system: You are a helpful assistant.
user:
Analyze the provided spectrum to determine if it is a **"Cataclysmic Variables (CV)"**.

- **Key Indicators for CV (Check for either state):**
    - **State 1: Quiescent / Low-State (Emission-Dominated)**
        - **(Primary):** Strong and *very broad* Hydrogen Balmer emission lines (e.g., $H\alpha$ at 6563 Å, $H\beta$ at 4861 Å). The 'broadness' (high velocity dispersion, often FWHM > 1000 km/s) is the key diagnostic, indicating a high-velocity accretion disk.
        - **(Secondary):** Broad neutral Helium (He I) emission lines (e.g., 5876 Å, 6678 Å).
        - **(Key Confirmation):** Presence of high-excitation *ionized* Helium (He II) emission at 4686 Å. This is a strong indicator of accretion onto a white dwarf.
        - **(Line Profile):** Emission lines may exhibit a 'double-peaked' profile, which is a classic signature of a rotating accretion disk viewed at high inclination.

    - **State 2: Outburst / High-State (Absorption-Dominated)**
        - **(Primary):** Spectrum is dominated by a bright, blue continuum (looks like a hot star).
        - **(Secondary):** The emission lines from State 1 are weak, absent, or 'filled in', and are replaced by broad, shallow *absorption* lines (primarily Balmer and He I).
        - **(Morphology):** The overall spectrum mimics a hot B/A-type star. The crucial difference is that the absorption lines are significantly broader, shallower, and more 'washed-out' (or 'smeared') than the sharp lines of a normal stellar photosphere, due to high rotational speeds and pressure broadening in the disk.

Think first, call **spectral_visualization_tool** if needed to examine features in detail, then provide your final answer. Your response must adhere to the following strict rules:
1.  **Overall Structure:** Your response must follow the format `<think>...</think> <tool_call>...</tool_call> (if a tool is used) <answer>...</answer>`.
2.  **Tool Usage Constraint:** You may only make **one** tool call per turn.
3.  **Final Answer Format:** In the `<answer>` tag, your conclusion must be inside a `\boxed{}` command (e.g., `\boxed{YES}`), followed by your justification.

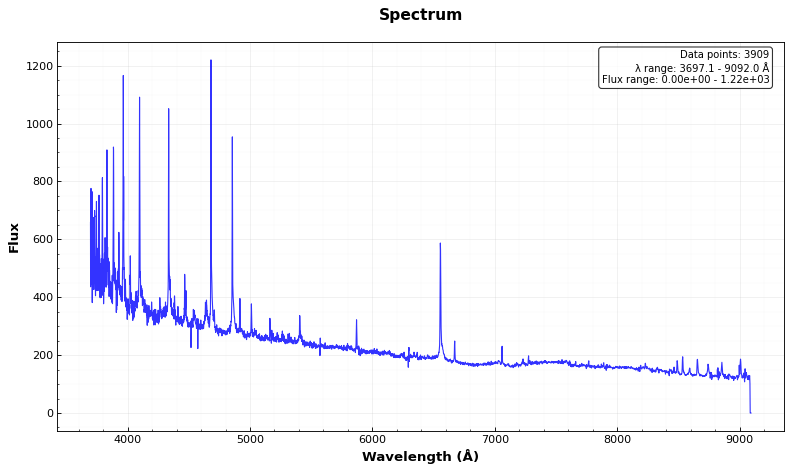
Answer: YES